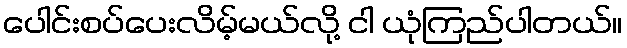
ပေါင်းစပ်ပေးလိမ့်မယ်လို့ ငါ ယုံကြည်ပါတယ်။